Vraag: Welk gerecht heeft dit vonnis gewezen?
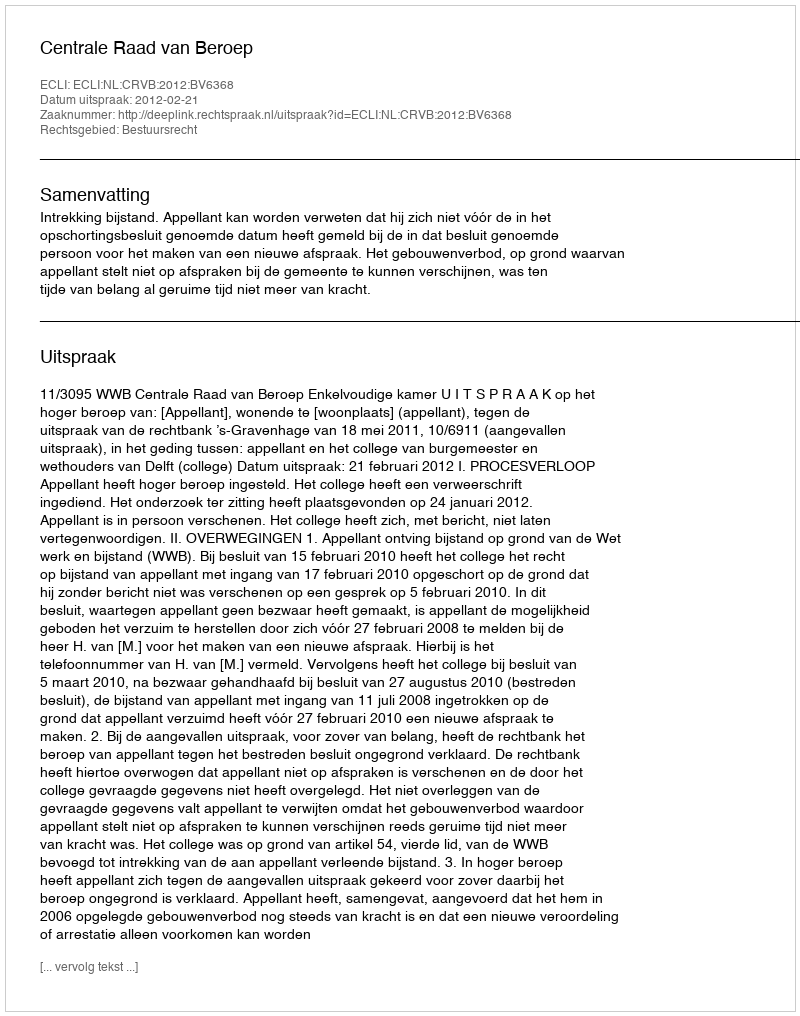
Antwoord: Centrale Raad van Beroep